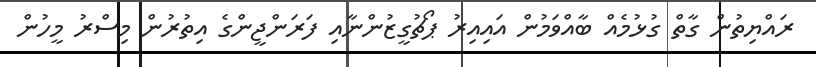
ރައްޔިތުން ގާތް ގުޅުމެއް ބާއްވަމުން އައިއިރު ޕޯޗުގީޒުންނާއި ފަރަންޖީންގެ އިތުރުން މިސްރު މީހުން